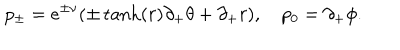
p _ { \pm } = e ^ { \pm \nu } ( \pm \tanh ( r ) \partial _ { + } \theta + \partial _ { + } r ) , \quad p _ { 0 } = \partial _ { + } \phi .